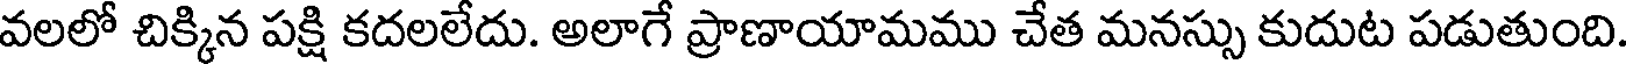
వలలో చిక్కిన పక్షి కదలలేదు. అలాగే ప్రాణాయామము చేత మనస్సు కుదుట పడుతుంది